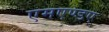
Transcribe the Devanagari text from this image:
एमएण्डए